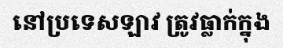
នៅប្រទេសឡាវ ត្រូវធ្លាក់ក្នុង